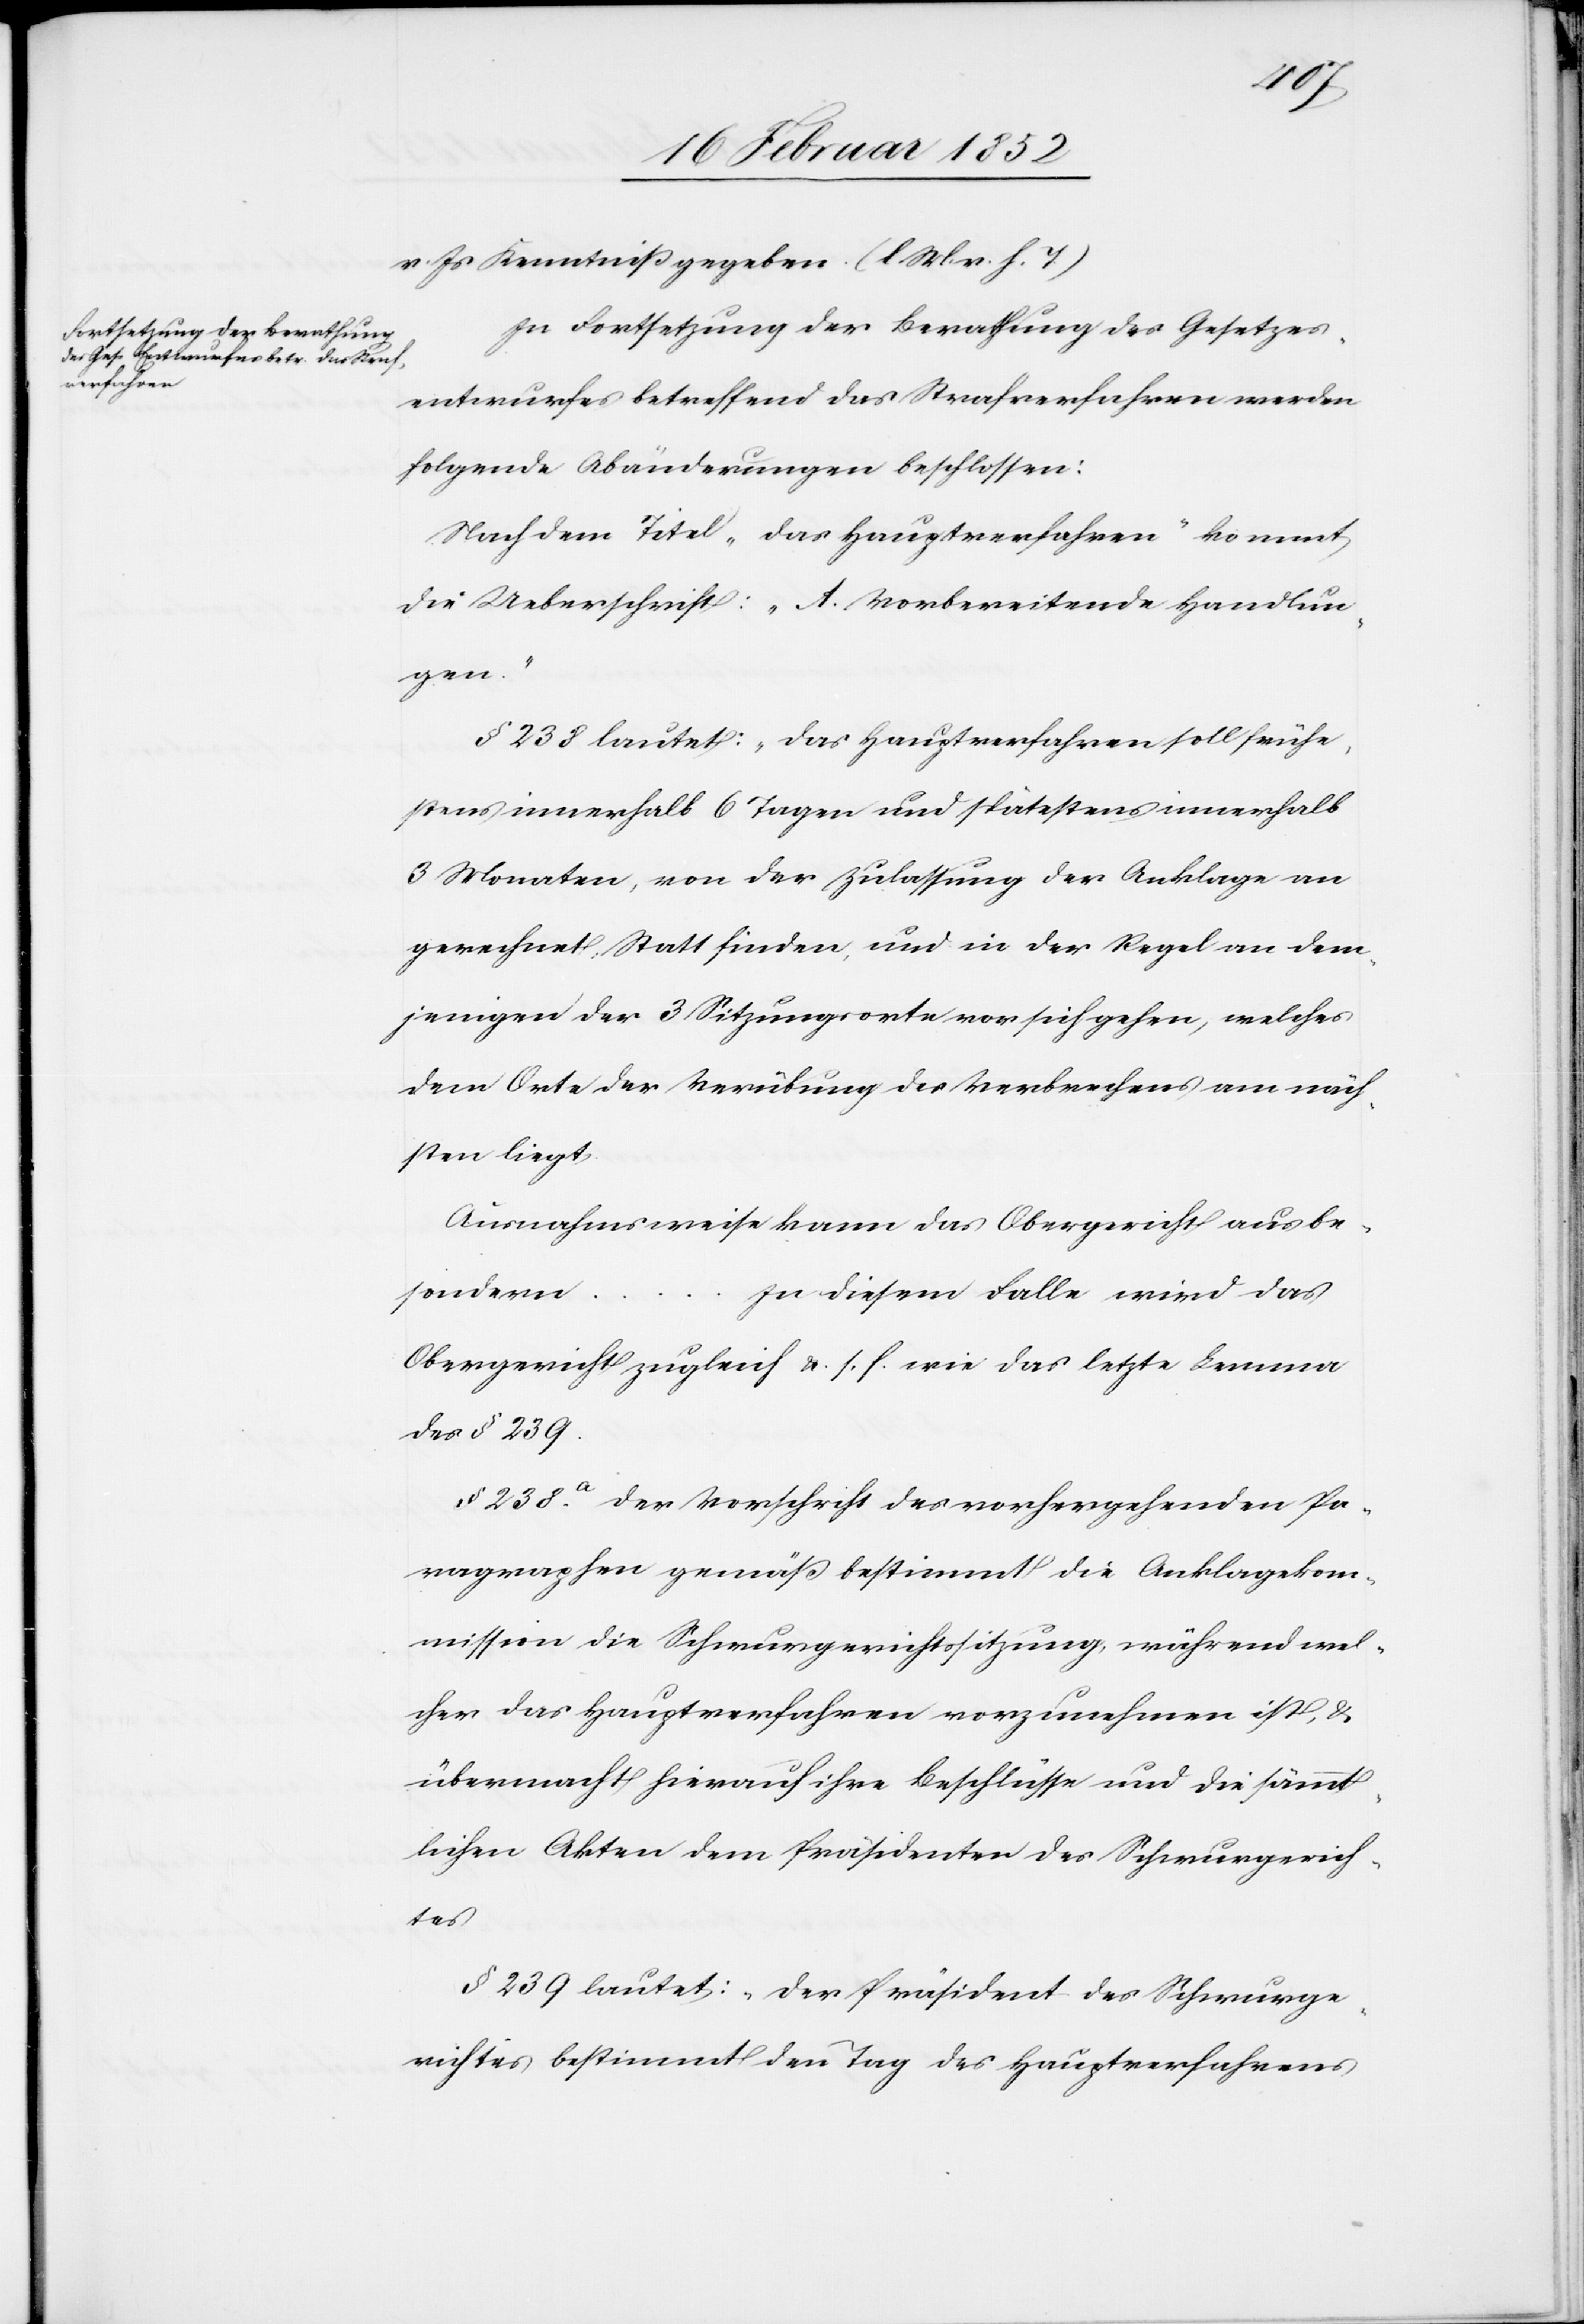
v. Js Kenntniß gegeben. (l. M. v. h. T.)
In Fortsetzung der Berathung des Gesetzes¬
entwurfes betreffend das Strafverfahren werden
folgende Abänderungen beschlossen:
Nach dem Titel „der Hauptverfahren“ kommt
die Ueberschrift: „A. Vorbereitende Handlun¬
gen.“
§ 238 lautet: „Das Hauptverfahren soll frühe¬
stens innerhalb 6 Tagen und spätestens innerhalb
3 Monaten, von der Zulassung der Anklage an
gerechnet Statt finden, und in der Regel an dem¬
jenigen der 3 Sitzungsorte von sich gehen, welches
dem Orte der Verübung des Verbrechens am näch¬
sten liegt.
Ausnahmsweise kann das Obergericht aus be¬
sondern
zu diesem Falle wird das
Obergericht zugleich u. s. f. wie das letzte Lemma
des § 239.
§ 238a der Vorschrift des vorhergesehenden Pa¬
ragraphen gemäß bestimmt die Anklagekom¬
mission die Schwurgerichtssitzung, während wel¬
cher das Hauptverfahren vorzunehmen ist, &
übermacht hierauf ihre Beschlüsse und die sämmt¬
lichen Akten dem Präsidenten des Schwurgerich¬
tes.
§ 239 lautet: „Der Präsident des Schwurge¬
richtes bestimmt den Tag des Hauptverfahrens